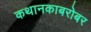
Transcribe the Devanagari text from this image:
कथानकाबरोबर